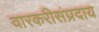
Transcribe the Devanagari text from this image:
वारकरीसंप्रदाय